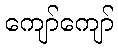
ကျော်ကျော်